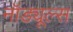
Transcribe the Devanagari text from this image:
नॉड्यूल्स